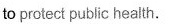
to protect public health.